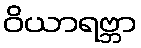
ဝိယာရဗ္ဘာ